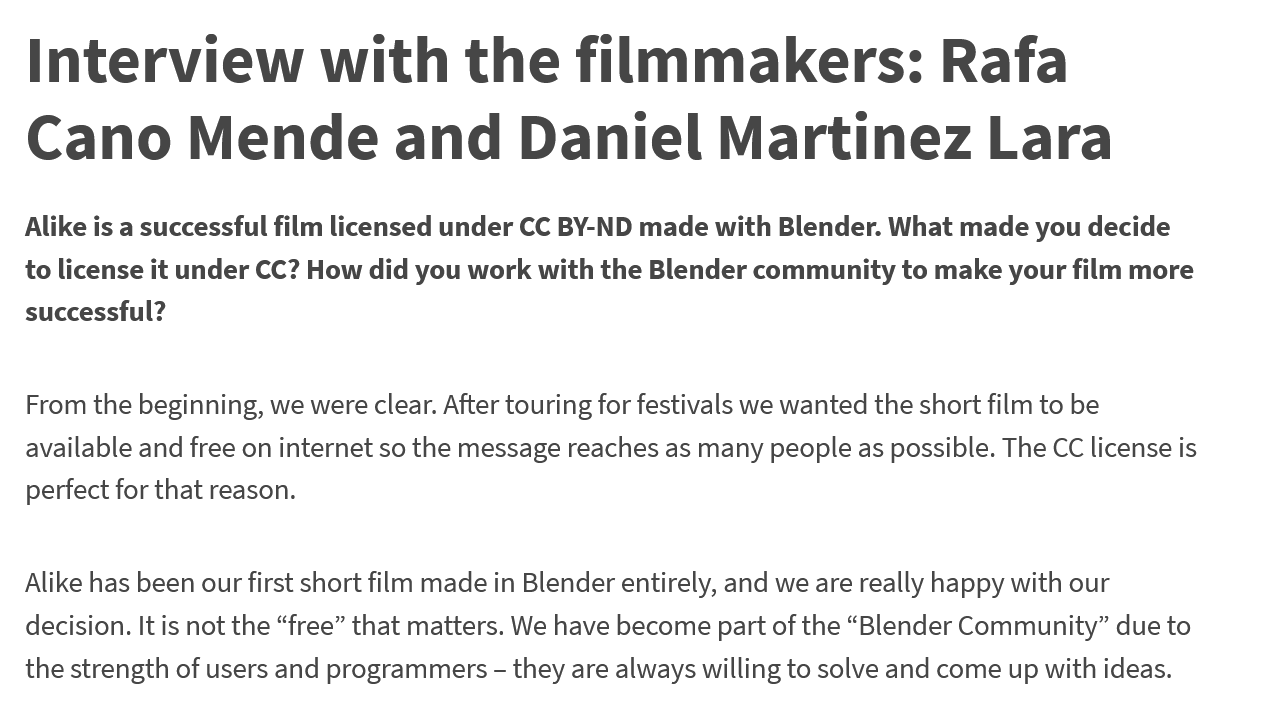
Interview    with    the    filmmakers:    Rafa
  Cano    Mende    and    Daniel    Martinez    Lara
  Alike is a successful film licensed under CC BY-ND made with Blender. What made you decide
  to license it under CC? How did you work with the Blender community to make your film more
  successful?
  From the beginning, we were clear. After touring for festivals we wanted the short film to be
  available and free on internet so the message reaches as many people as possible. The CC license is
  perfect for that reason.
  Alike has been our first short film made in Blender entirely, and we are really happy with our
  decision. It is not the “free” that matters. We have become part of the “Blender Community” due to
  the strength of users and programmers - they are always willing to solve and come up with ideas.